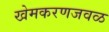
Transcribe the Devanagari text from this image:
खेमकरणजवळ